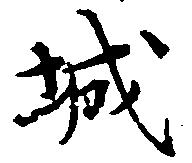
城